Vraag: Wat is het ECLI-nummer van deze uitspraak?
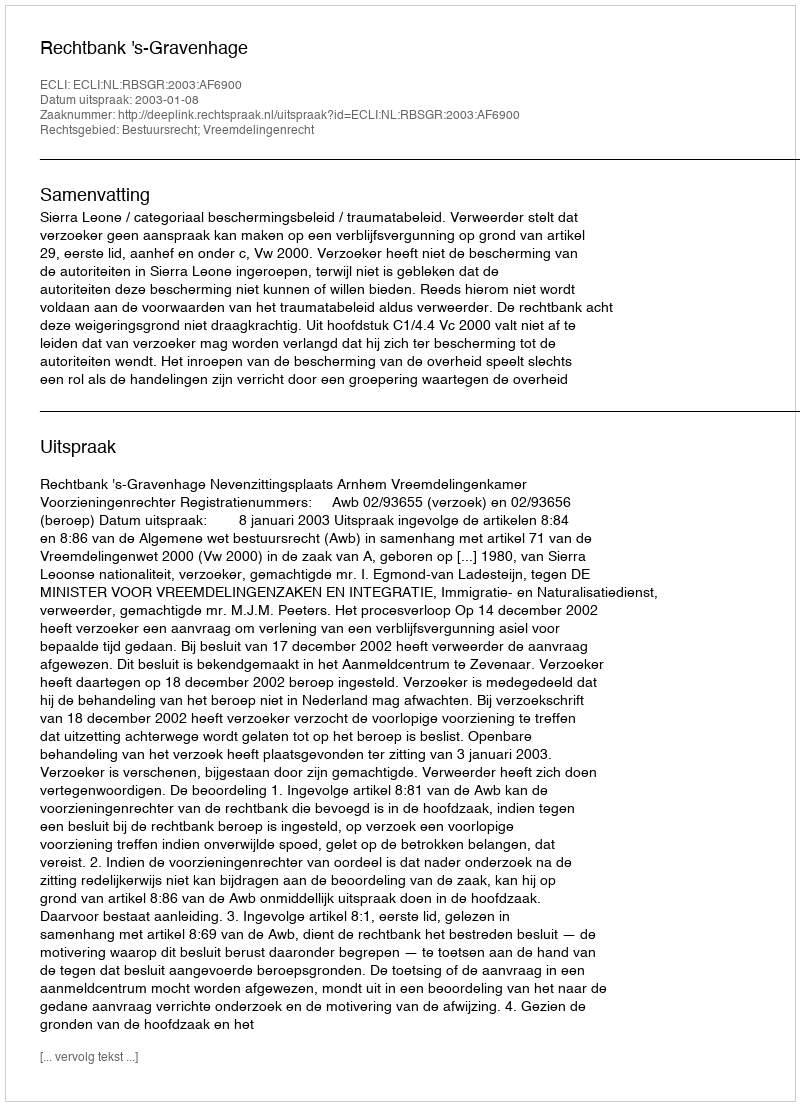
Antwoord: ECLI:NL:RBSGR:2003:AF6900